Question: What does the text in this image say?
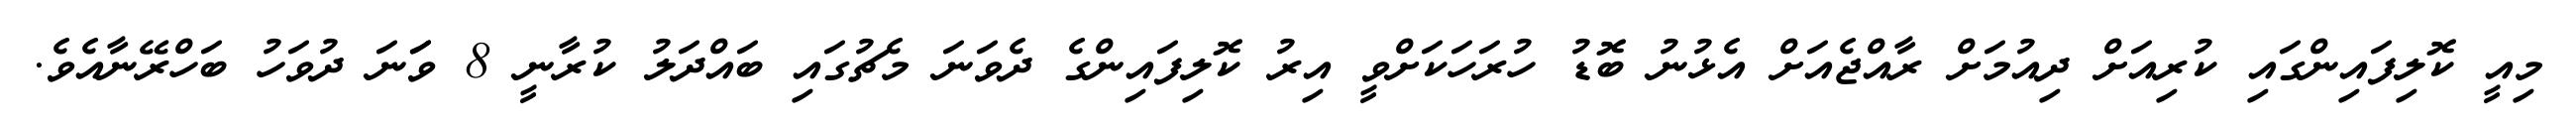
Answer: މިއީ ކޮލިފައިންގައި ކުރިއަށް ދިއުމަށް ރާއްޖެއަށް އެޅުނު ބޮޑު ހުރަހަކަށްވީ އިރު ކޮލިފައިންގެ ދެވަނަ މެޗުގައި ބައްދަލު ކުރާނީ 8 ވަަނަ ދުވަހު ބަހްރޭނާއެވެ.